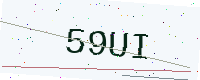
Text: 59UI